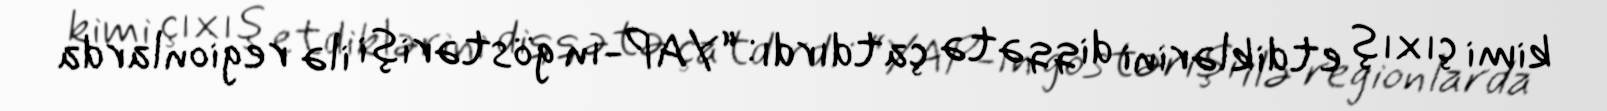
kimi çıxış etdiklərini diqqətə çatdırdı: “YAP-ın göstərişi ilə regionlarda